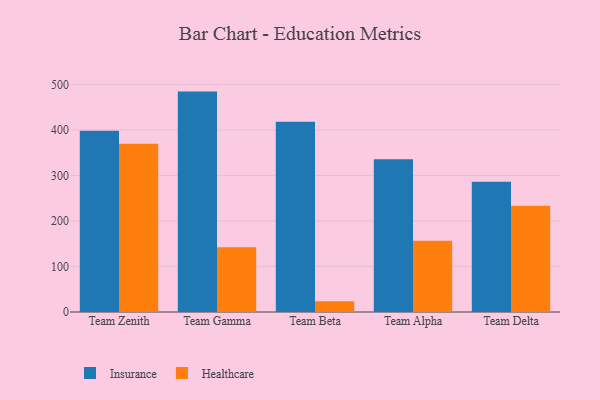
{"axis": {"x": "Team", "y": "Budget (USD K)"}, "legend": ["Healthcare", "Insurance"], "data": [{"x": "Team Zenith", "y": 398.2, "type": "Insurance"}, {"x": "Team Zenith", "y": 369.8, "type": "Healthcare"}, {"x": "Team Gamma", "y": 484.3, "type": "Insurance"}, {"x": "Team Gamma", "y": 142.4, "type": "Healthcare"}, {"x": "Team Beta", "y": 417.9, "type": "Insurance"}, {"x": "Team Beta", "y": 23.6, "type": "Healthcare"}, {"x": "Team Alpha", "y": 335.8, "type": "Insurance"}, {"x": "Team Alpha", "y": 156.5, "type": "Healthcare"}, {"x": "Team Delta", "y": 286.4, "type": "Insurance"}, {"x": "Team Delta", "y": 233.2, "type": "Healthcare"}]}